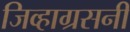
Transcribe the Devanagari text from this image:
जिव्हाग्रसनी